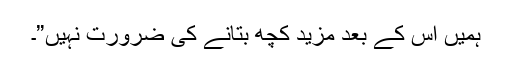
ہمیں اس کے بعد مزید کچھ بتانے کی ضرورت نہیں”۔